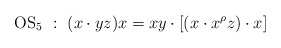
\begin{align*}\textrm{OS$_5$}~:~(x\cdot yz)x=xy\cdot [(x\cdot x^{\rho}z)\cdot x]\end{align*}